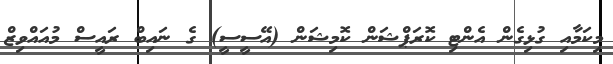
މިކަމާއި ގުޅިގެން އެންޓި ކޮރަޕްޝަން ކޮމިޝަން (އޭސީސީ) ގެ ނައިބް ރައީސް މުއައްވިޒް